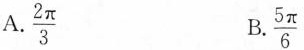
A. $$\frac{2 \pi}{3}$$ B. $$\frac{5 \pi}{6}$$